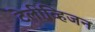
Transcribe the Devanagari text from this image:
टेलीव्हि़जन